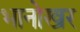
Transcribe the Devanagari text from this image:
भानोखर